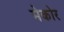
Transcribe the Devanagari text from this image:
मेकोर